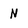
Character: N